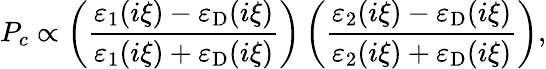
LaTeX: P_{c}\propto\left(\frac{\varepsilon_{\mathrm{1}}(i\xi)-\varepsilon_{\mathrm{D}}(i\xi)}{\varepsilon_{\mathrm{1}}(i\xi)+\varepsilon_{\mathrm{D}}(i\xi)}\right)\left(\frac{\varepsilon_{\mathrm{2}}(i\xi)-\varepsilon_{\mathrm{D}}(i\xi)}{\varepsilon_{\mathrm{2}}(i\xi)+\varepsilon_{\mathrm{D}}(i\xi)}\right),